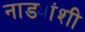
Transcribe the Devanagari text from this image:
नाड्यांशी